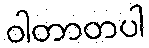
ဝါတာတပါ